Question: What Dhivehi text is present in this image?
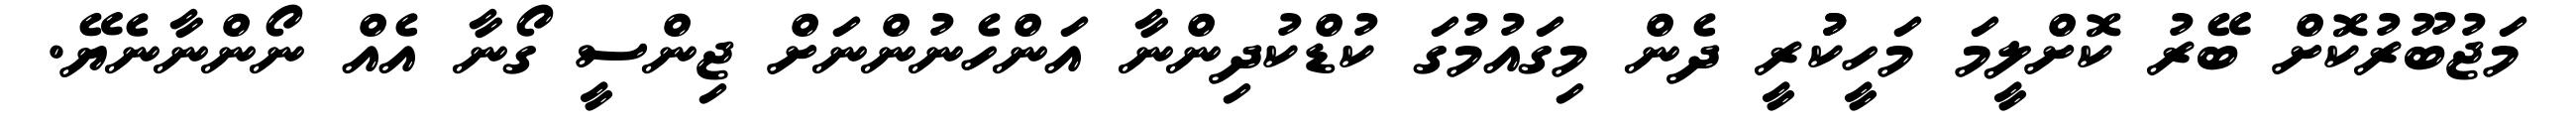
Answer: މަޖުބޫރުކޮށް ބޭރު ކޮށްލީމަ މަހީކުުރީ ދެން މިގައުމުގަ ކުޑްކުދިންނާ އަންހެނުންނަށް ޖިންސީ ގޯނާ އެއް ނޯންނާނެޔޭ.